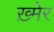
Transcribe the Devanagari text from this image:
ख़्मेर